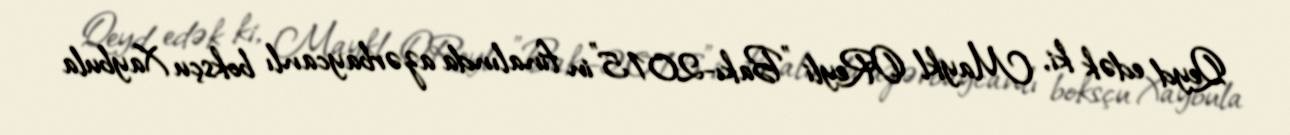
Qeyd edək ki, Maykl OReyli "Bakı-2015"in finalında azərbaycanlı boksçu Xaybula